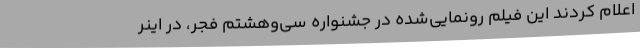
اعلام کردند این فیلم رونمایی‌شده در جشنواره سی‌وهشتم فجر، در اینر